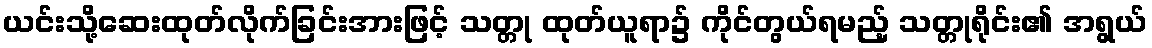
ယင်းသို့ဆေးထုတ်လိုက်ခြင်းအားဖြင့် သတ္တု ထုတ်ယူရာ၌ ကိုင်တွယ်ရမည့် သတ္တုရိုင်း၏ အရွယ်